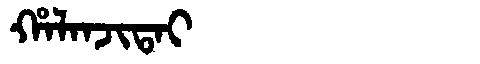
Manchu: ᡥᠠᠯᠠᠨᠵᡳᡨᠠᡳ
Romanization: HALANJITAI